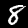
Label: 8